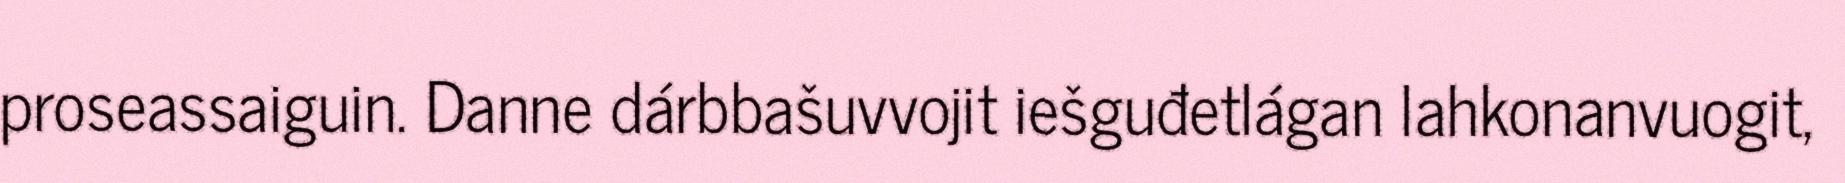
proseassaiguin. Danne dárbbašuvvojit iešguđetlágan lahkonanvuogit,